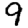
Digit: 9